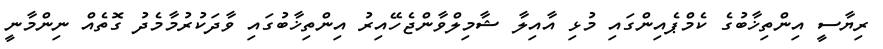
ރިޔާސީ އިންތިޚާބުގެ ކެމްޕެއިންގައި މުޅި އާއިލާ ޝާމިލްވާންޖެހޭއިރު އިންތިޚާބުގައި ވާދަކުރުމާމެދު ގޮތެއް ނިންމާނީ